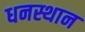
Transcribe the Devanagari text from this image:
धनस्थान